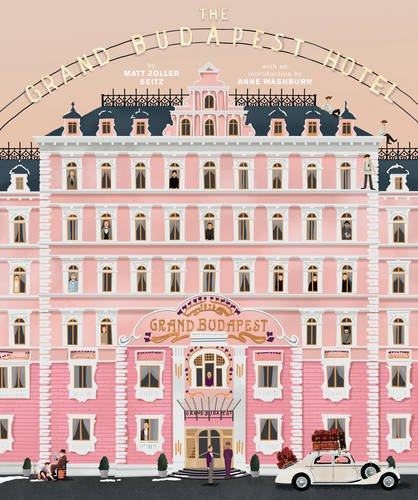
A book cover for Wes Anderson Collection: The Grand Budapest Hotel; Matt Zoller Seitz; Humor & Entertainment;